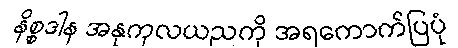
နိစ္စဒါန အနုကုလယညကို အရကောက်ပြပုံ